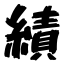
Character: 績